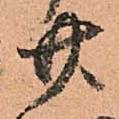
廿